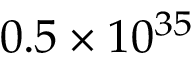
0 . 5 \times 1 0 ^ { 3 5 }